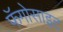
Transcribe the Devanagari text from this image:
फॅगोसाइट